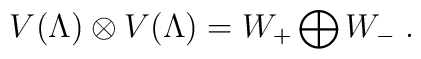
V(\Lambda)\otimes V(\Lambda)=W_+\bigoplus W_-\;.